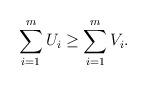
LaTeX: \begin{align*} \sum_{i=1}^m U_i \geq \sum_{i=1}^m V_i.\end{align*}